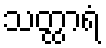
သတ္ထာရံ